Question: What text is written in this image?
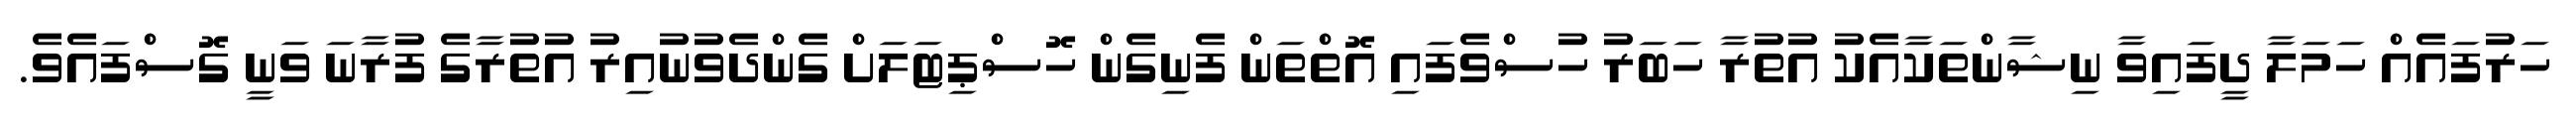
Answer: ހަރުފައެއް ހަމަލާ ދީފައިވާ ނިޝާންތަކާއެކު އުތުރާ ހަބަރު ހުސްވެފައި އޮތްތަން ފެނިގެން ހޮސްޕިޓަލަށް ގެންދެވުނުއިރު އުތުރާގެ ފުރާނަ ވަނީ ގޮސްފައެވެ.